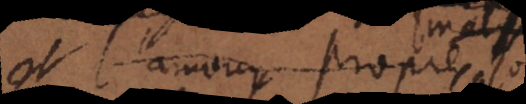
et l’amour propres